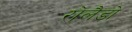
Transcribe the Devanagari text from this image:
रोलैडो